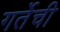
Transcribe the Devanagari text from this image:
गर्तेची